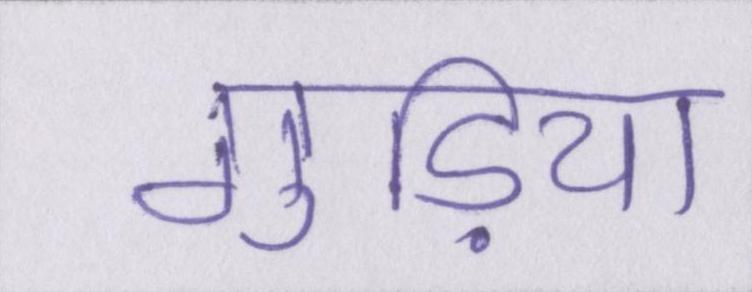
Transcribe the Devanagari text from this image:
गुड़िया